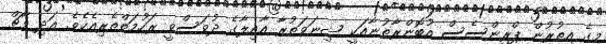
މީގެ އިތުރުން ޕްރިންސެސް އުބޮންރާތުނާއަކީ ޝިނަވަތުރާ އާއިލާގެ ދުވަސްވީ ރަހުމަތްތެރިއެކެވެ. އަދި މާޗް